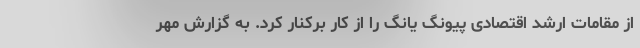
از مقامات ارشد اقتصادی پیونگ یانگ را از کار برکنار کرد. به گزارش مهر